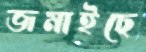
জমাইছে